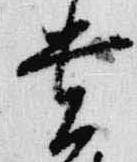
貴